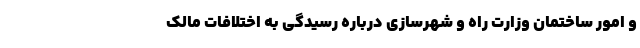
و امور ساختمان وزارت راه و شهرسازی درباره رسیدگی به اختلافات مالک